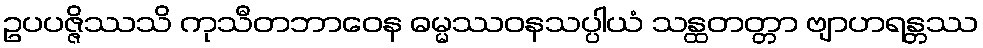
ဥပပဇ္ဇိဿသိ ကုသီတဘာဝေန ဓမ္မဿဝနသပ္ပါယံ သန္ထတတ္တာ ဗျာဟရန္တဿ